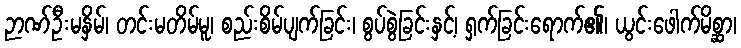
ဉာဏ်ဦးမနှိမ်၊ တင်းမတိမ်မူ၊ စည်းစိမ်ပျက်ခြင်း၊ စွပ်စွဲခြင်းနှင့်၊ ရှက်ခြင်းရောက်၏၊ ယွင်းဖေါက်မိစ္ဆာ၊